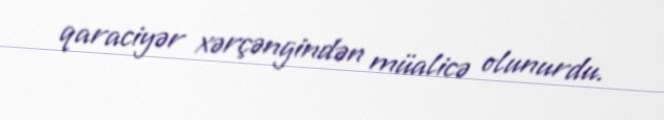
qaraciyər xərçəngindən müalicə olunurdu.